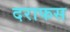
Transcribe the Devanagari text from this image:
दराफस